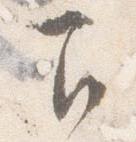
間